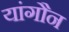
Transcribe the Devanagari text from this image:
यांगौन